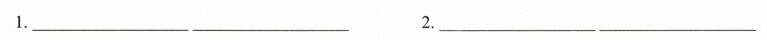
1 ___________ 2.__________________